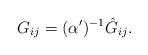
LaTeX: \begin{align*}G_{ij}=(\alpha')^{-1}\hat{G}_{ij}.\end{align*}